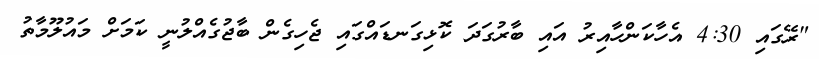
"ރޭގައި 4:30 އެހާކަންހާއިރު އައި ބާރުގަދަ ކޮޅިގަނޑައްގައި ޖެހިގެން ބާޖުގެއްލުނީ ކަމަށް މައުލޫމާތު